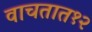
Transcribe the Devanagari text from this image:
वाचतात१२